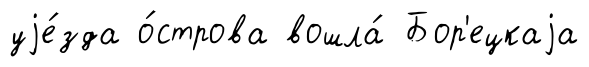
уjе́зда о́строва вошла́ Бор'ецкаjа